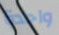
واحدة